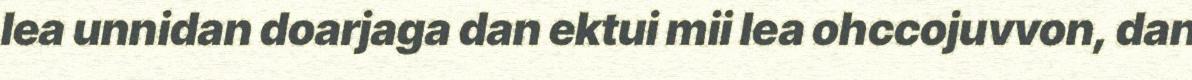
lea unnidan doarjaga dan ektui mii lea ohccojuvvon, dan